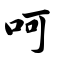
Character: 呵